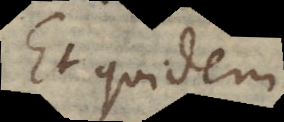
Et quidem